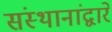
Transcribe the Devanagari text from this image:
संस्थानांद्वारे